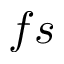
f s